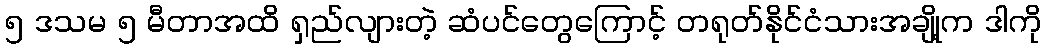
၅ ဒသမ ၅ မီတာအထိ ရှည်လျားတဲ့ ဆံပင်တွေကြောင့် တရုတ်နိုင်ငံသားအချို့က ဒါကို